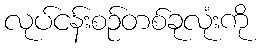
လုပ်ငန်းစဉ်တစ်ခုလုံးကို